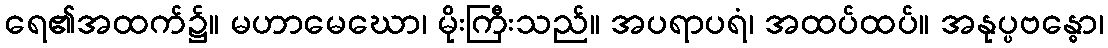
ရေ၏အထက်၌။ မဟာမေဃော၊ မိုးကြီးသည်။ အပရာပရံ၊ အထပ်ထပ်။ အနုပ္ပဗန္ဓော၊